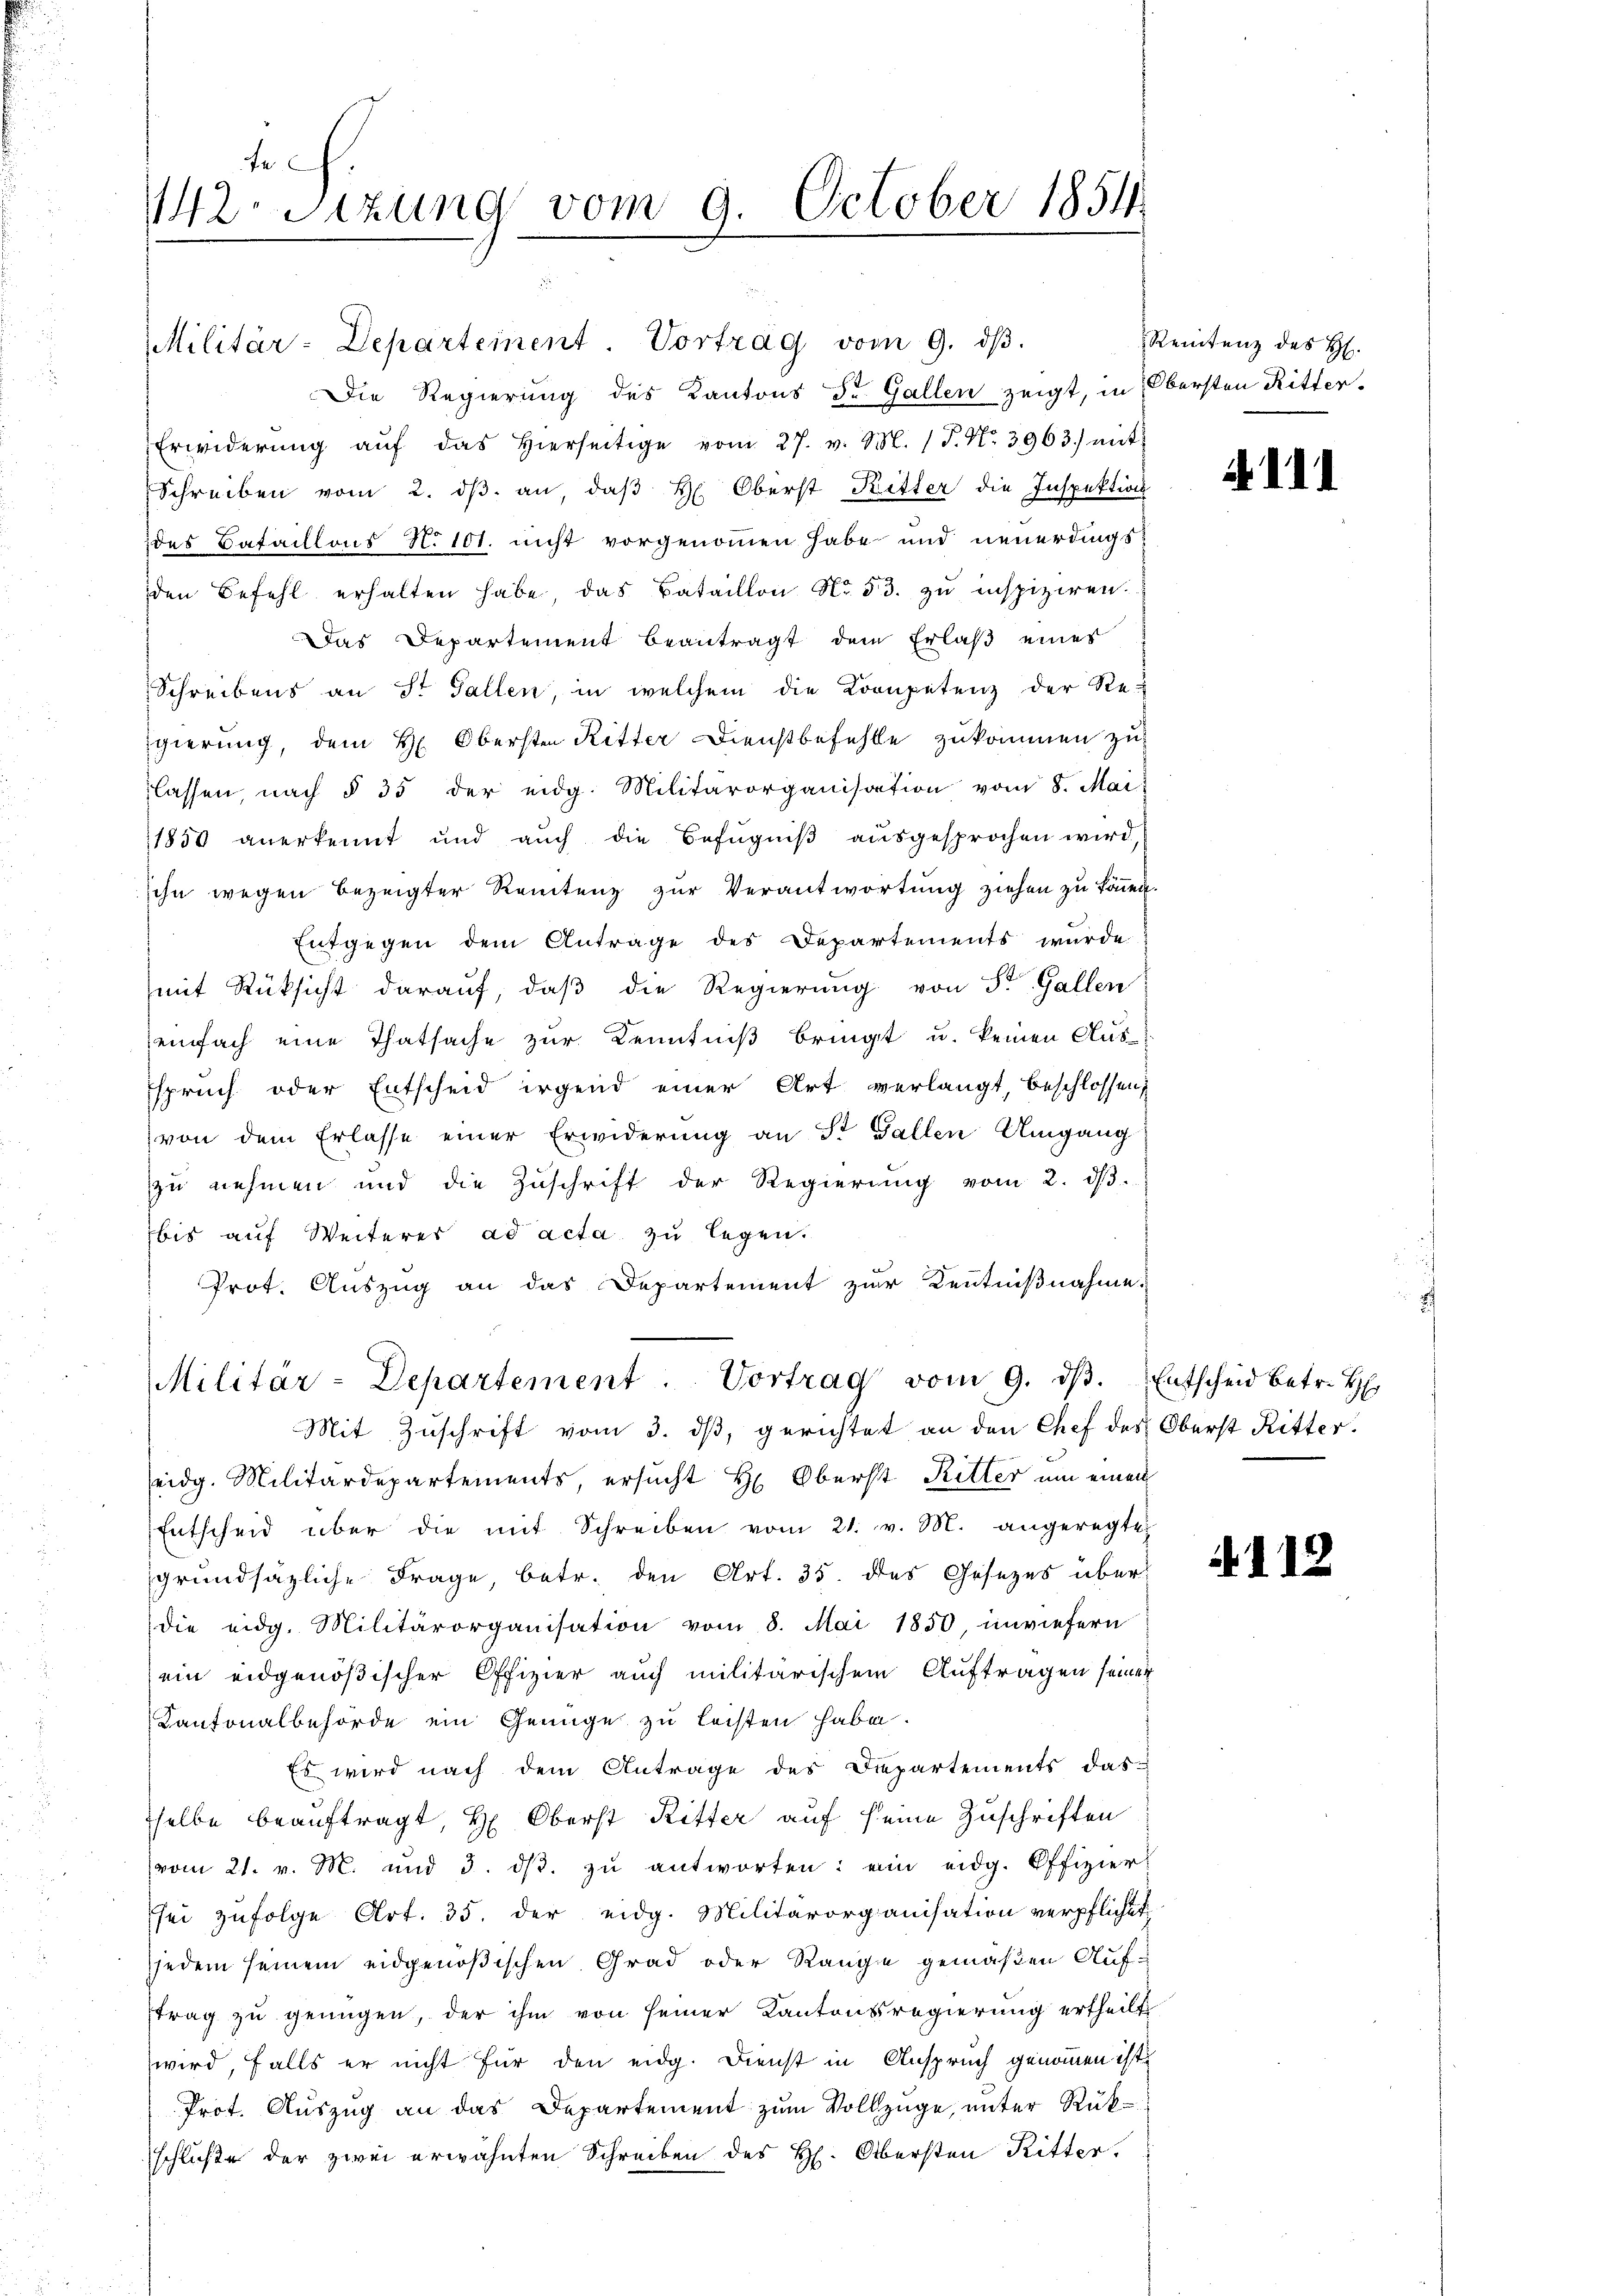
te
12. Sitzung vom 9. October 1854.

Militär-Departement. Vortrag vom 9. dβ.
Die Regierung des Kantons St. Gallen zeigt, in Obersten Ritter-
Erwiderŭng aŭf das hierseitige vom 27. v. M. P. Nr. 3963.) mit
Schreiben vom 2. dβ an, daβ H. Oberst Ritter die Inspektion
des Bataillons No 101. nicht vorgenommen habe und neuerdingsden Befehl erhalten habe, das Bataillon No. 53. zu inspiziren.
Das Departement beantragt dem Erlaß eines
Schreibens an St. Gallen, in welchem die Kompetenz der Re-
gierung, dem H: Obersten Ritter Dienstbefehle zukommen zu
lassen, nach § 35 der eidg. Militärorganisation vom 8. Mai
1850 anerkennt und aŭch die Befŭgniβ aŭsgesprochen wird,
sehn wegen bezeigter Rentenz zur Verantwortung ziehen zu können.
Entgegen dem Antrage des Departements wurde
mit Rüksicht darauf, daß die Regierung von St. Gallen
einfach eine Thatsache zur Kenntniß bringt u. keinen Aus-
spruch oder Entscheid irgend einer Art verlangt, beschlossen,
von dem Erlasse einer Erwiderung an St. Gallen Umgang
zu nehmen und die Zŭschrift der Regierŭng vom 2. dβ.
bis auf Weiteres ad acta zu legen.
Prot. Auszug an das Departement zur Kenntnißnahme.
Militär-Departement. Vortrag vom 9. dβ. Entscheid betr. H
Mit Zŭschrift vom 3. dβ, gerichtet an den Chef des Oberst Ritter.
eidg. Militärdepartements, ersucht H. Oberst Ritter um einen
Entscheid über die mit Schreiben vom 21. v. M. angeregte
grundsätzliche Frage, betr. den Art. 35. das Gesezes über
die eidg. Militärorganisation vom 8. Mai 1850 inviefern
ein eidgenößischer Offizier auch militärischem Auftragen seiner
Kantonalbehörde ein Genüge zu leisten habe.
Es wird nach dem Antrage des Departements das
selbe beauftragt, H. Oberst Ritter auf seine Zuschriften
vom 21. v. M. und 3. dβ. zŭ antworten: ein eidg. Offizier
sei zufolge Art. 35. der eidg. Militärorganisation verpflichet
jedem seinem eidgenößischen Grad oder Range gemäßen Auftrag zu genügen, der ihm von seiner Kantonsregierung ertheilt
wird, falls er nicht für den eidg. Dienst in Anspruch genommen ist,
Prot. Auszug an das Departement zum Vollzüge, unter Rükschluße der zwei erwähnten Schreiben des H. Obersten Ritter,

Rentenz des H.

. III

.115

d